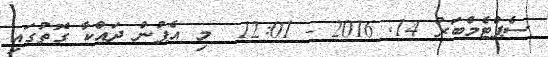
ސެޕްޓެމްބަރު 14